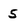
Character: 5